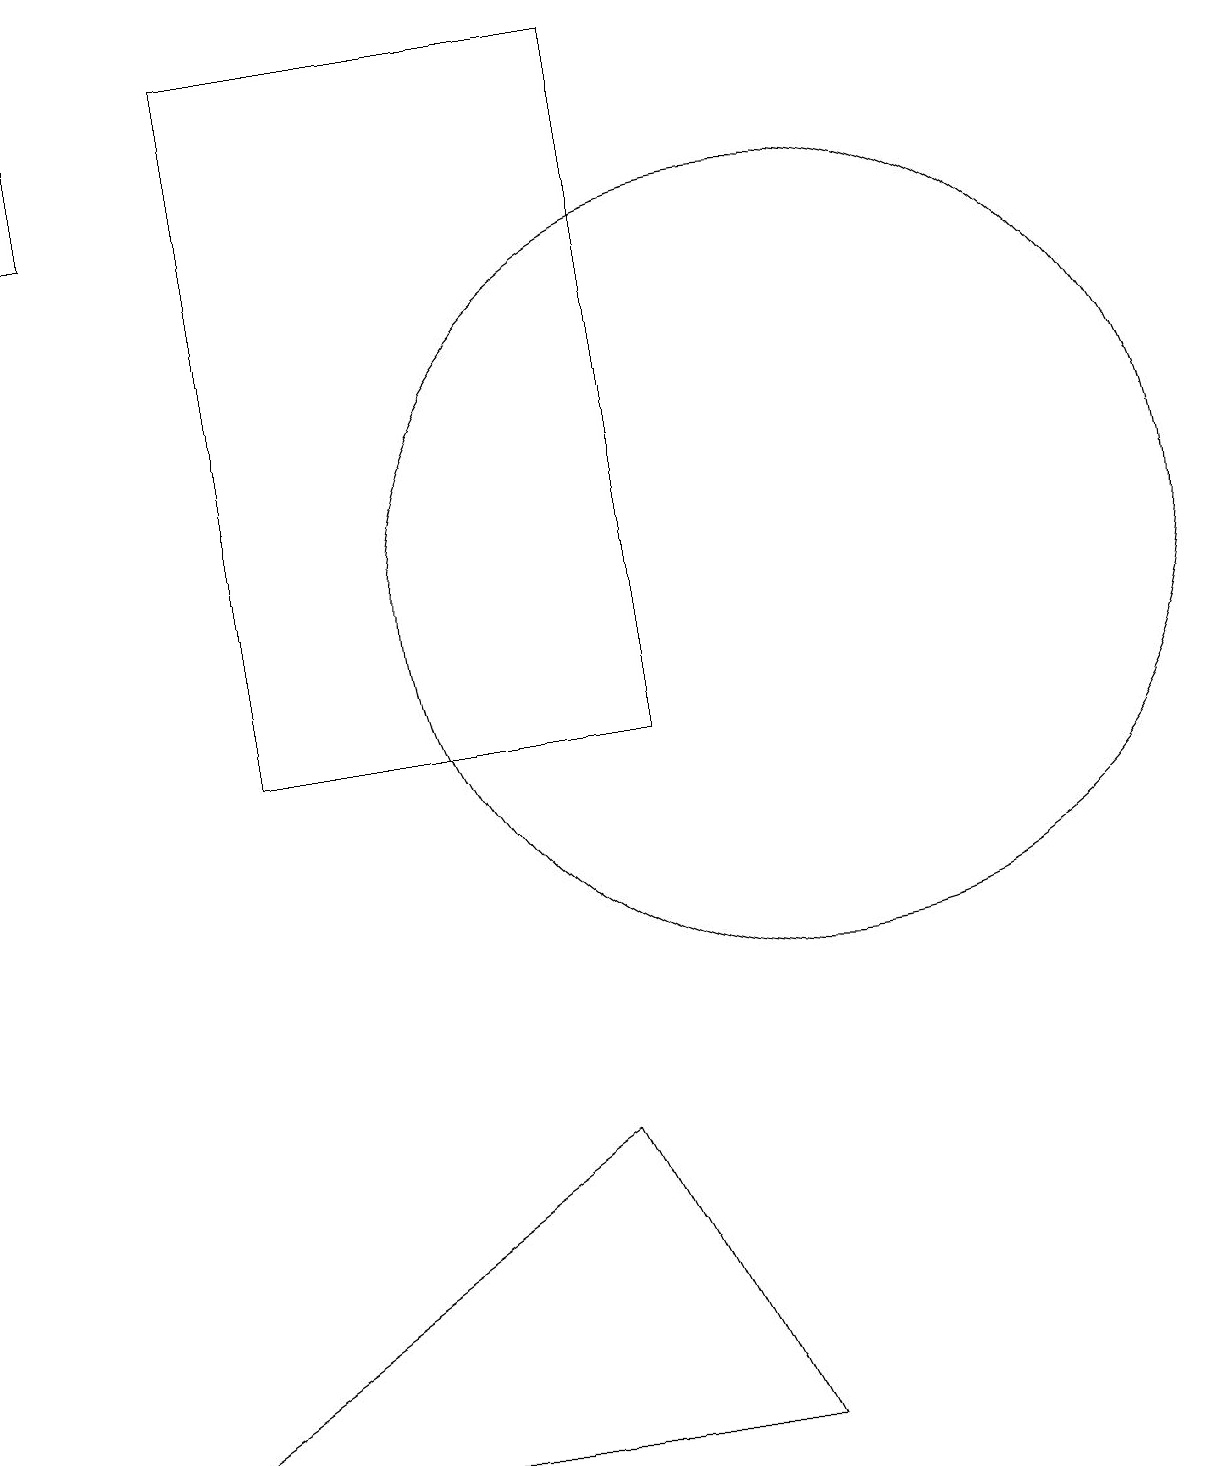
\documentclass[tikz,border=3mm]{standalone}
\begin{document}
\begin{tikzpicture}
\draw (1,1) -- (7,5) -- (9,1) -- cycle;
\draw (8,10) rectangle (3,19);
\draw (10,12) circle (5);
\draw (1,19) rectangle (0,17);
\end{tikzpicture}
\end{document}